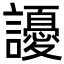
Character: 䜡